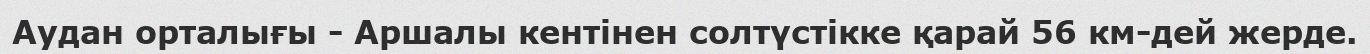
Аудан орталығы - Аршалы кентінен солтүстікке қарай 56 км-дей жерде.